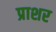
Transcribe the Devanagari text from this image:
प्राशर